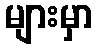
များမှာ